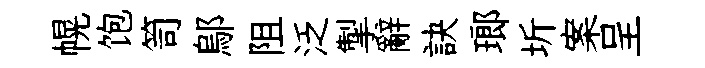
幌饱笥鄔阻泛掣辭訣瑯圻案呈